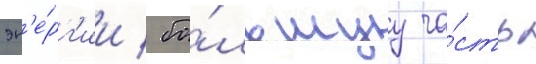
эн'е́рг'ии / бо́льшуу ча́сть